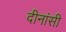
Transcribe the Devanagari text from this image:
दीनांसी